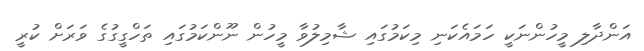
އަންދާލި މީހުންނަކީ ހަމައެކަނި މިކަމުގައި ޝާމިލުވާ މީހުން ނޫންކަމުގައި ތަހްގީގުގެ ވަރަށް ކުރީ